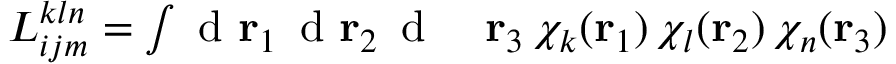
\begin{array} { r l } { { L } _ { i j m } ^ { k l n } = \int \mathrm { ~ d ~ } { \mathbf { r } _ { 1 } } \, \mathrm { ~ d ~ } { \mathbf { r } _ { 2 } } \, \mathrm { ~ d ~ } } & { { } { \mathbf { r } _ { 3 } } \, \chi _ { k } ( { \mathbf { r } _ { 1 } } ) \, \chi _ { l } ( { \mathbf { r } _ { 2 } } ) \, \chi _ { n } ( { \mathbf { r } _ { 3 } } ) \, } \end{array}